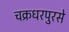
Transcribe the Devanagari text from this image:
चक्रधरपुरसे